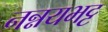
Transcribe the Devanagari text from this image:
नन्नयभट्ट